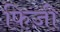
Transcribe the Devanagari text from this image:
फिज़ी